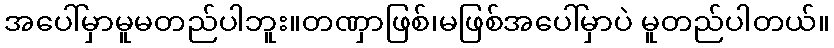
အပေါ်မှာမူမတည်ပါဘူး။တဏှာဖြစ်၊မဖြစ်အပေါ်မှာပဲ မူတည်ပါတယ်။